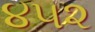
૪૫૨